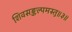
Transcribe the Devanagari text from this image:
शिवसङ्कल्पमस्तु॥३॥